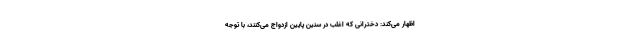
اظهار می‌کند: دخترانی که اغلب در سنین پایین ازدواج می‌کنند، با توجه